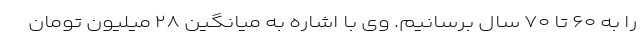
را به ۶۰ تا ۷۰ سال برسانیم. وی با اشاره به میانگین ۲۸ میلیون تومان